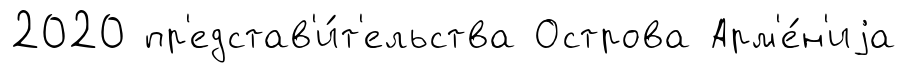
2020 пр'едстав'и́т'ельства Острова Арм'е́н'иjа